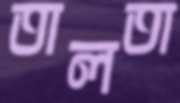
তালতা